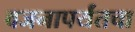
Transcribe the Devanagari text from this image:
वजनापर्यंतचा